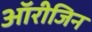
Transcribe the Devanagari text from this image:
ऑरीजिन